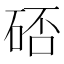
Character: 𱴁